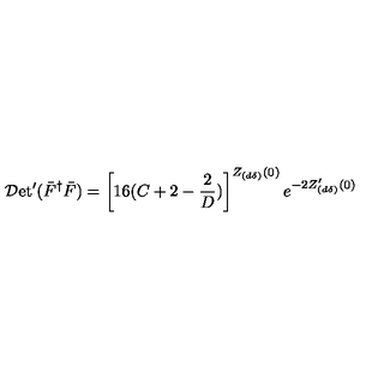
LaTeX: { \cal D } \mathrm { e t } ^ { \prime } ( \bar { F } ^ { \dag } \bar { F } ) = \left[ 1 6 ( C + 2 - \frac { 2 } { D } ) \right] ^ { Z _ { ( d \delta ) } ( 0 ) } e ^ { - 2 Z _ { ( d \delta ) } ^ { \prime } ( 0 ) }